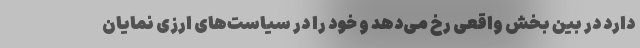
دارد در بین بخش واقعی رخ می‌دهد و خود را در سیاست‌های ارزی نمایان